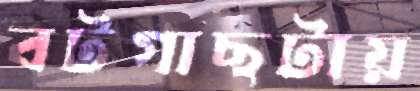
বটগাছটায়